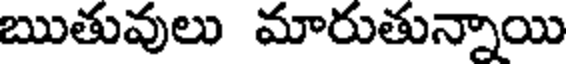
ఋతువులు మారుతున్నాయి